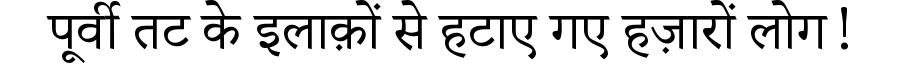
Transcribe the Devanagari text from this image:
पूर्वी तट के इलाक़ों से हटाए गए हज़ारों लोग!